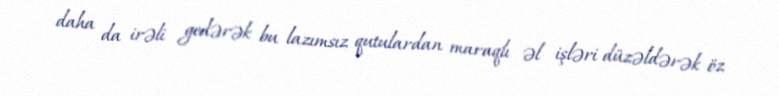
daha da irəli gedərək bu lazımsız qutulardan maraqlı əl işləri düzəldərək öz